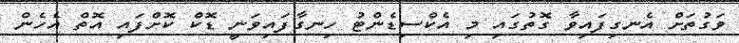
ވަގުތަށް އެނގިފައިވާ ގޮތުގައި މި އެކްސިޑެންޓު ހިނގާފައިވަނީ ޑޮކް ކޮށްފައި އޮތް އެހެން